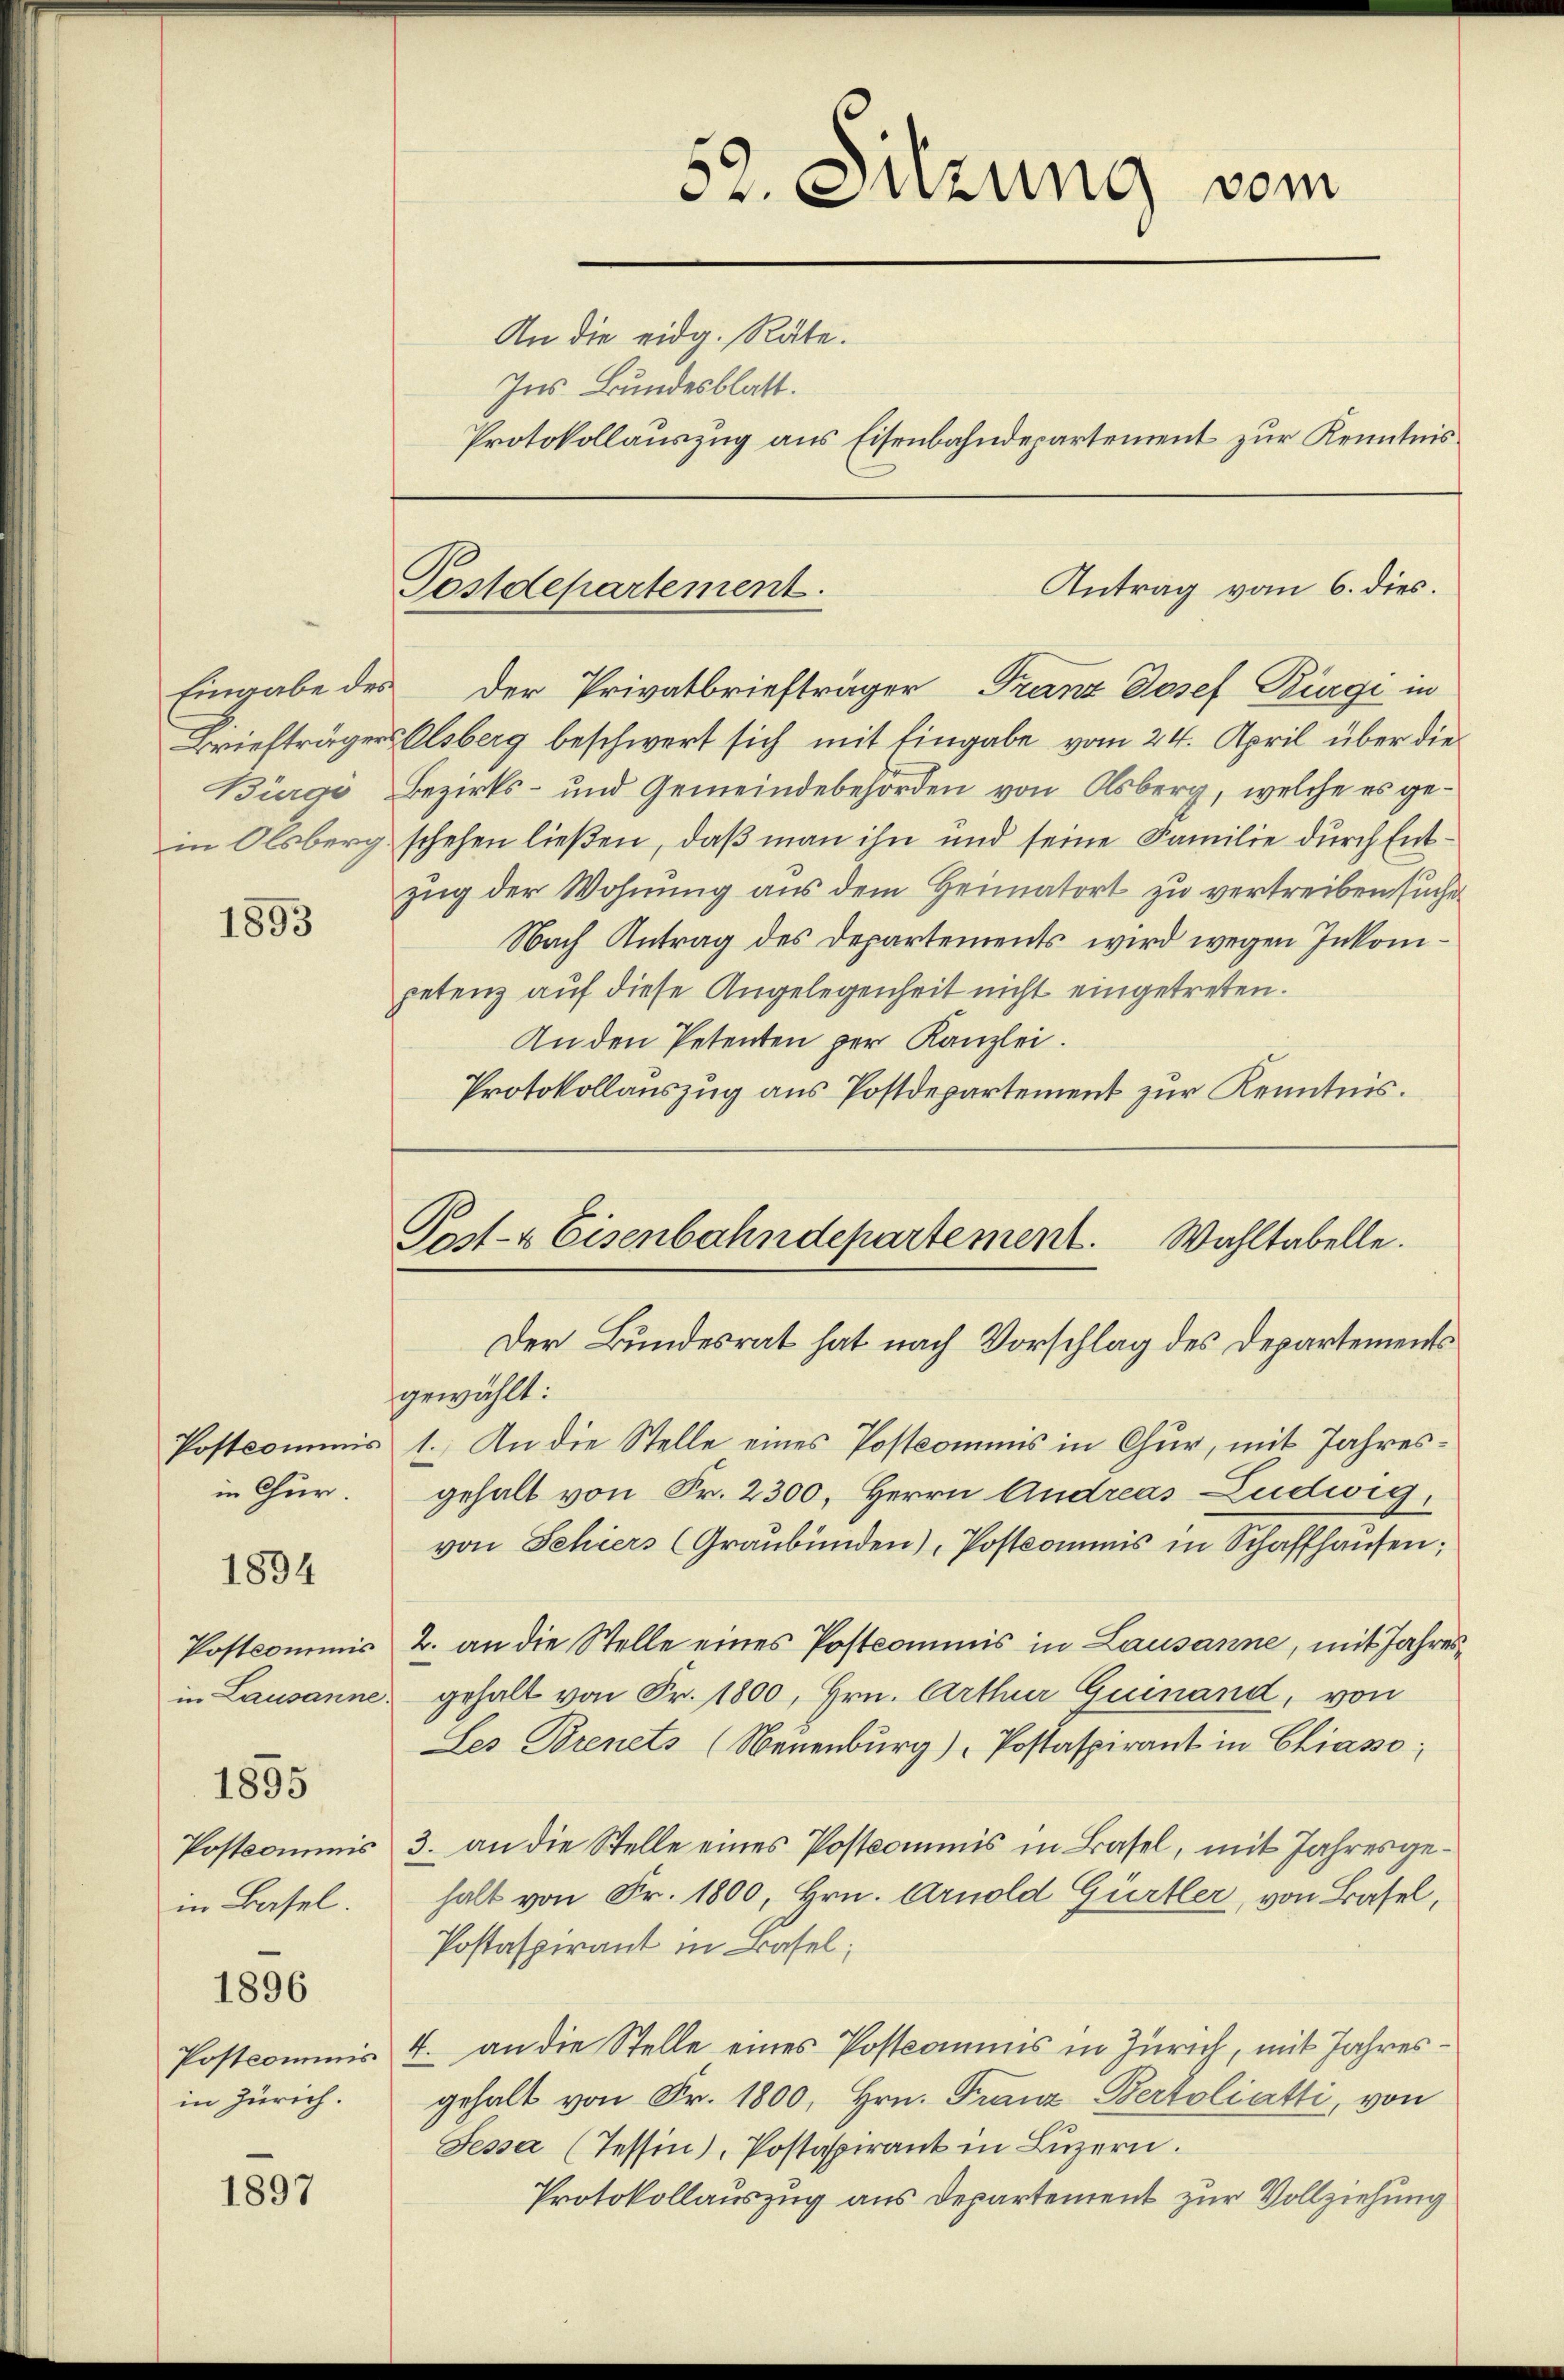
Bürgi

1893

Postkommis
in Chur.

1894

Postkommnis
in Lausanne.

1895

Postkommis
in Basel.

1896

Postkommis
in Zürich.

1897

52. Sitzung vom
An die eidg. Räte.
Ins Bundesblatt.
Protokollauszug aus Eisenbahndepartement zur Kenntnis

Eingabe des Der Privatbriefträger Franz Josef Bürgi in
Briefträgers Elsberg beschwert sich mit Eingabe vom 24. April über die
Bezirks- und Gemeindebehörden von Olsberg, welche es gein Olsberg schehen ließen, daß man ihn und seine Familie durch Entzug der Wohnung aus dem Heimatort zu vertreiben suche
Nach Antrag des Departements wird wegen Inkompetenz auf diese Angelegenheit nicht eingetreten.
An den Petenten per Kanzlei.
Protokollauszug aus Postdepartement zur Kenntnis.

Antrag vom 6. dies.
Postdepartement.

Post- & Eisenbahndepartement. Wahltabelle.
Der Bundesrat hat nach Vorschlag des Departements

gewählt:
1.) An die Stelle eines Postkommnis in Chur, mit Jahresgehalt von Fr. 2300. Herrn Andreas Ludwig,
von Schiers (Graubünden), Postkommis in Schaffhausen;
2. an die Stelle eines Postcommis in Lausanne, mit Jahresgehalt von Fr. 1800, Hrn. Arthur Guinand, von
Les Dorenets (Neuenburg) Postaspirant in Chiasso;
3. an die Stelle eines Postkommnis in Basel, mit Jahresgehalt von Fr. 1800, Hrn. Arnold Gürtler, von Basel,
Postaspirant in Basel;
4. an die Stelle eines Postkommnis in Zürich, mit Jahresgehalt von Fr. 1800. Hrn. Franz Bertoliatti, von
Fessa (Tessin, Postaspirant in Lŭzern.
Protokollauszug aus Departement zur Vollziehung